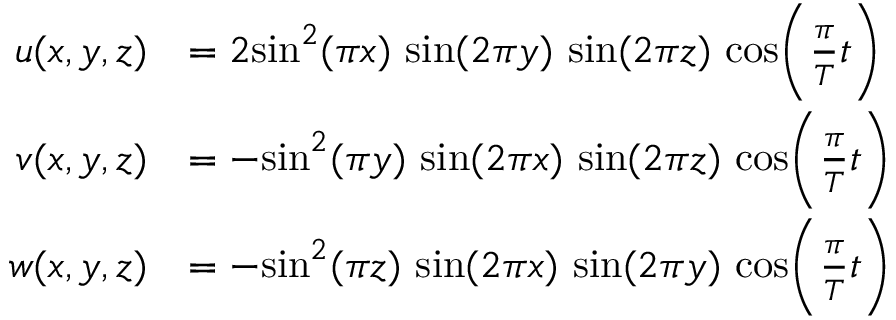
\begin{array} { r l } { u ( x , y , z ) } & { = 2 \mathrm { s i n } ^ { 2 } ( \pi x ) \ \mathrm { s i n } ( 2 \pi y ) \ \mathrm { s i n } ( 2 \pi z ) \ \mathrm { c o s } \Bigg ( \frac { \pi } { T } t \Bigg ) } \\ { v ( x , y , z ) } & { = - \mathrm { s i n } ^ { 2 } ( \pi y ) \ \mathrm { s i n } ( 2 \pi x ) \ \mathrm { s i n } ( 2 \pi z ) \ \mathrm { c o s } \Bigg ( \frac { \pi } { T } t \Bigg ) } \\ { w ( x , y , z ) } & { = - \mathrm { s i n } ^ { 2 } ( \pi z ) \ \mathrm { s i n } ( 2 \pi x ) \ \mathrm { s i n } ( 2 \pi y ) \ \mathrm { c o s } \Bigg ( \frac { \pi } { T } t \Bigg ) } \end{array}